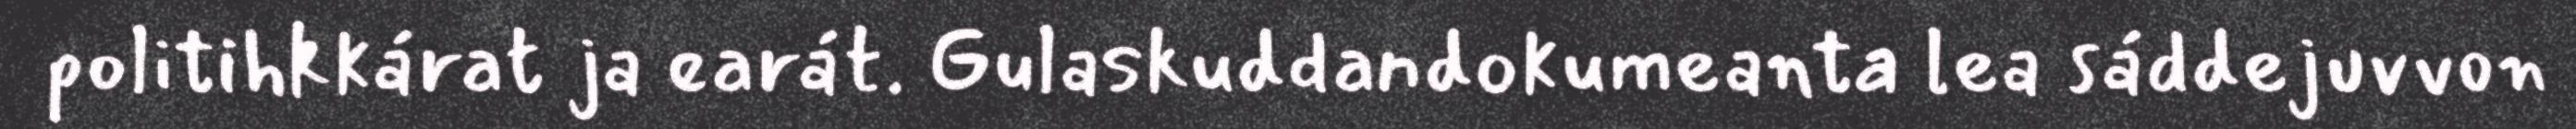
politihkkárat ja earát. Gulaskuddandokumeanta lea sáddejuvvon